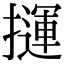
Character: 𢶂